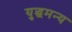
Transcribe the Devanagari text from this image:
युद्धमन्य